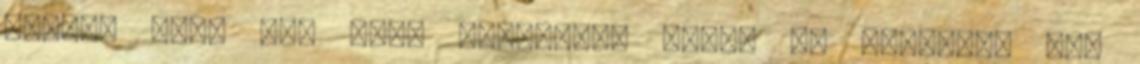
Johnny Depp óta nagy kedvencem lett, de igazából nem